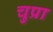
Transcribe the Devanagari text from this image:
चुप्रा